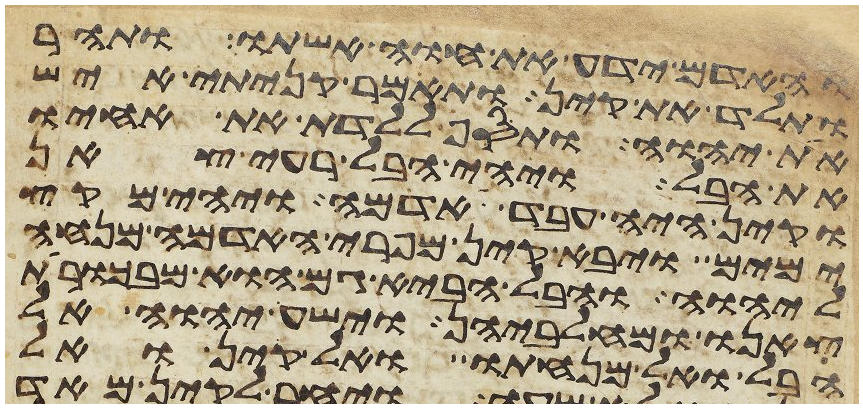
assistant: והאדם ידע את חוה אשתו ותהר
ותלד את קין ותאמר קניתי איש
את יהוה ותסף ללדת את אחיו
את הבל ויהי הבל רעי צאן
וקין היה עבד אדמה ויהי מקץ
ימים ויבא קין מפרי האדמה מנחה
ליהוה והבל הביא גם הוא מבכורות
צאנו ומחלביהן וישע יהוה אל
הבל ואל מנחתו ואל קין ואל